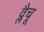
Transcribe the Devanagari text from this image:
व्लैचू